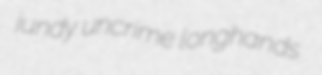
jundy uncrime longhands